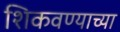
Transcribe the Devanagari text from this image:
शिकवण्याच्या